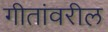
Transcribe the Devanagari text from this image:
गीतांवरील